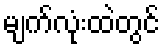
မျက်လုံးထဲတွင်